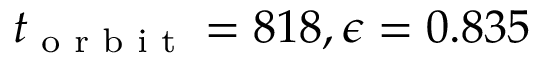
t _ { \textrm { o r b i t } } = 8 1 8 , \epsilon = 0 . 8 3 5